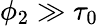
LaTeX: \phi_{2}\gg\tau_{0}